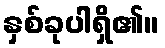
နှစ်ခုပါရှိ၏။